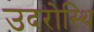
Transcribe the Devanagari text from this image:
उदरोस्थि